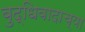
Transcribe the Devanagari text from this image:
बुद्धिवादाच्या